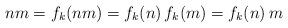
LaTeX: \begin{align*}nm = f_k(nm) = f_k(n)\,f_k(m) = f_k(n)\,m\end{align*}